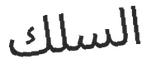
السلك